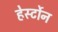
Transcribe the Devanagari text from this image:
हेर्स्टोन